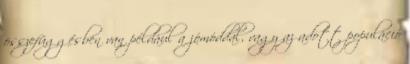
összefüggésben van például a jómóddal, vagy az adott populáció